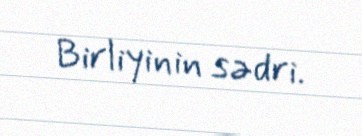
Birliyinin sədri.